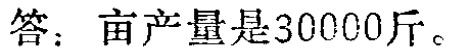
答：亩产量是30000斤。